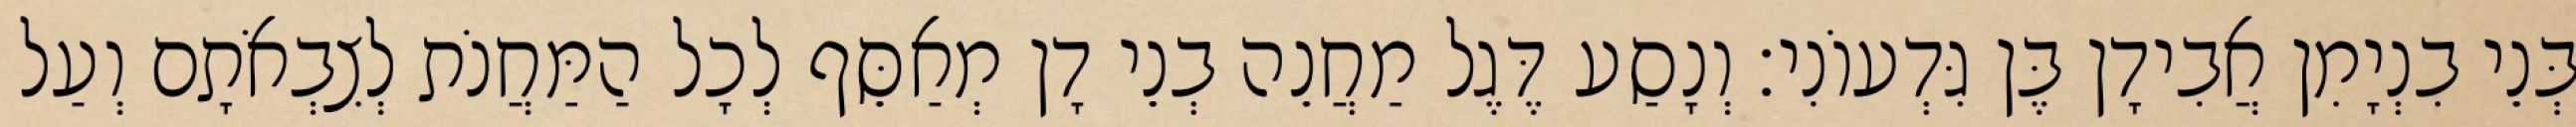
בְּנֵי בִנְיָמִן אֲבִידָן בֶּן גִּדְעוֹנִי׃ וְנָסַע דֶּגֶל מַחֲנֵה בְנֵי דָן מְאַסֵּף לְכָל הַמַּחֲנֹת לְצִבְאֹתָם וְעַל